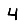
Digit: 4